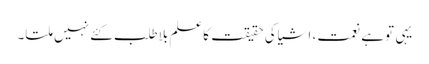
یہی توہے نعمت، اشیاکی حقیقت کاعلم بلاطلب کئے نہیں ملتا۔